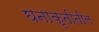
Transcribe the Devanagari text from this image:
घनाकृतीतील